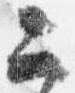
二